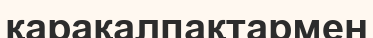
қарақалпақтармен